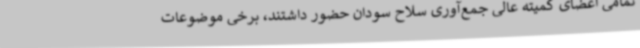
تمامی اعضای کمیته عالی جمع‌آوری سلاح سودان حضور داشتند، برخی موضوعات